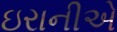
ઇરાનીએ